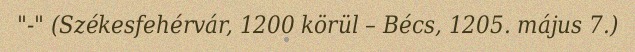
"-" (Székesfehérvár, 1200 körül – Bécs, 1205. május 7.)